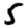
Digit: 5